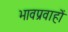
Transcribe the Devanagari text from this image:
भावप्रवाहों